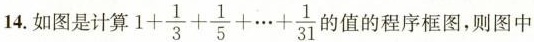
4.如图是计算 $$1 + \frac { 1 } { 3 } + \frac { 1 } { 5 } + \cdots + \frac { 1 } { 3 1 }$$ 的值的程序框图，则图中